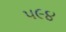
૫૯૪